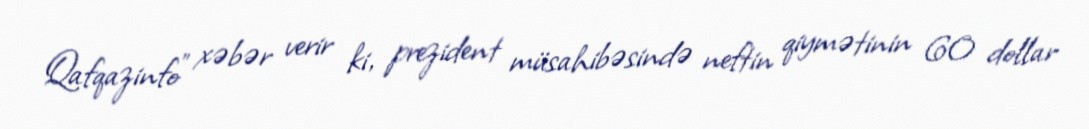
Qafqazinfo" xəbər verir ki, prezident müsahibəsində neftin qiymətinin 60 dollar